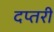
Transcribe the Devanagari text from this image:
दप्तरी